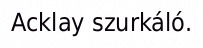
Acklay szurkáló.